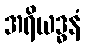
အရိယဒ္ဓနံ